Scottish Certificate of Education, 1963
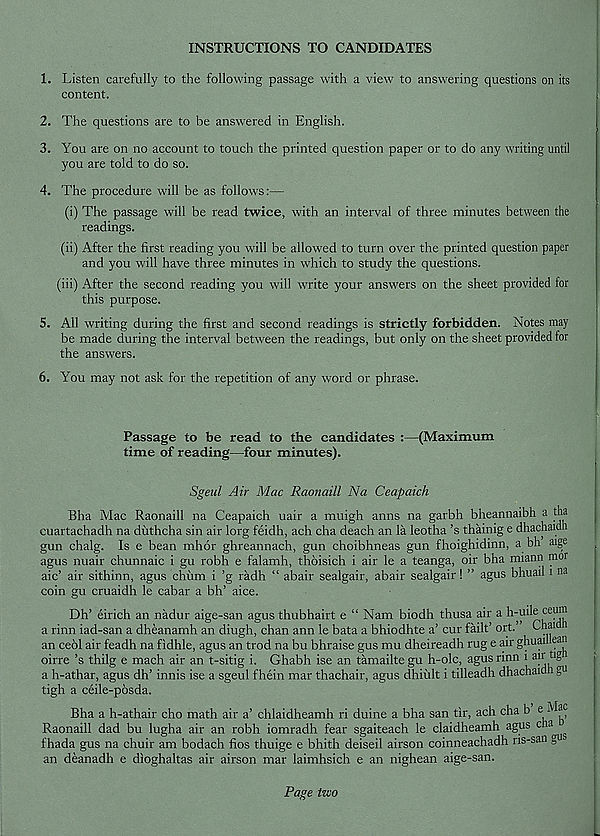
INSTRUCTIONS TO CANDIDATES
1. Listen carefully to the following passage with a view to answering questions on its
content.
2. The questions are to be answered in English.
3. You are on no account to touch the printed question paper or to do any writing until
you are told to do so.
4. The procedure will be as follows:—
(i) The passage will be read twice, with an interval of three minutes between the
readings.
(ii) After the first reading you will be allowed to turn over the printed question paper
and you will have three minutes in which to study the questions.
(iii) After the second reading you will write your answers on the sheet provided for
this purpose.
5. All writing during the first and second readings is strictly forbidden. Notes may
be made during the interval between the readings, but only on the sheet provided for
the answers.
6. You may not ask for the repetition of any word or phrase.
Passage to be read to the candidates :—(Maximum
time of reading—four minutes).
Sgeul Air Mac Raonaill Na Ceapaich
Bha Mac Raonaill na Ceapaich uair a muigh aims na garbh bheannaibh a tha
cuartachadh na diithcha sin air lorg feidh, ach cha deach an la leotha’s thainig e dhachaiun
gun chalg. Is e bean mhor ghreannach, gun choibhneas gun fhoighidinn, a bh aige
agus nuair chunnaic i gu robh e falamh, thoisich i air le a teanga, oir bha miann nwr
aic’ air sithinn, agus churn i ’g radh “ abair sealgair, abair sealgair! ” agus bhuail i na
coin gu cruaidh le cabar a bh’ aice.
Dh’ eirich an nadur aige-san agus thubhairt e “ Nam biodh thusa air a h-uileceum
a rinn iad-san a dheanamh an diugh, chan ann le bata a bhiodhte a’ cur failt’ ort. Chai
an ceol air feadh na fidhle, agus an trod na bu bhraise gus mu dheireadh rug e air ghuailiea
oirre’s thilg e mach air an t-sitig i. Ghabh ise an tamailtegu h-olc, agus rinn i
a h-athar, agus dh’ innis ise a sgeul f hein mar thachair, agus dhiiilt i tilleadh dhachaid i g
tigh a ceile-posda.
Bha a h-athair cho math air a’ chlaidheamh ri duine a bha san tir, ach cha b e - ^
Raonaill dad bu lugha air an robh iomradh fear sgaiteach le claidheamh agus c
fhada gus na chuir am bodach fios thuige e bhith deiseil airson coinneachadh ns-san g
an deanadh e dioghaltas air airson mar laimhsich e an nighean aige-san.
Page two